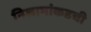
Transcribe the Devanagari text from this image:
निजामांकडची